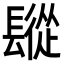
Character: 𨲧